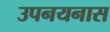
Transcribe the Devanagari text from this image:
उपनयनास